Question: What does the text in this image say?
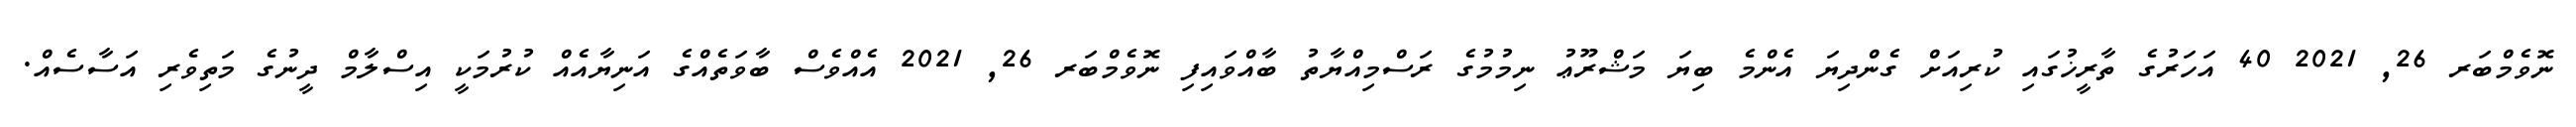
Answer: ނޮވެމްބަރ 26, 2021 40 އަހަރުގެ ތާރީޚުގައި ކުރިއަށް ގެންދިޔަ އެންމެ ބިޔަ މަޝްރޫޢު ނިމުމުގެ ރަސްމިއްޔާތު ބާއްވައިފި ނޮވެމްބަރ 26, 2021 އެއްވެސް ބާވަތެއްގެ އަނިޔާއެއް ކުރުމަކީ އިސްލާމް ދީނުގެ މަތިވެރި އަސާސެއް.